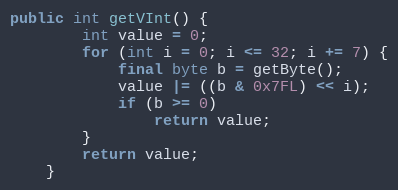
Language: Java
public int getVInt() {
		int value = 0;
		for (int i = 0; i <= 32; i += 7) {
			final byte b = getByte();
			value |= ((b & 0x7FL) << i);
			if (b >= 0)
				return value;
		}
		return value;
	}